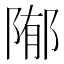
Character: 𱀢